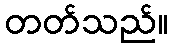
တတ်သည်။